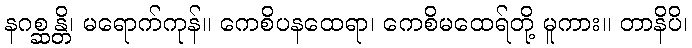
နဂစ္ဆန္တိ၊ မရောက်ကုန်။ ကေစိပနထေရာ၊ ကေစိမထေရ်တို့ မူကား။ တာနိပိ၊